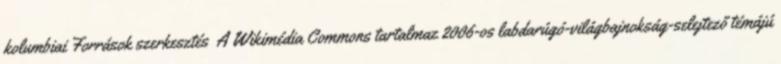
kolumbiai Források szerkesztés A Wikimédia Commons tartalmaz 2006-os labdarúgó-világbajnokság-selejtező témájú